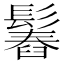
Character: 𩮱